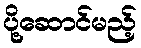
ပို့ဆောင်မည့်